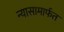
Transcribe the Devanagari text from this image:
न्यासामार्फत